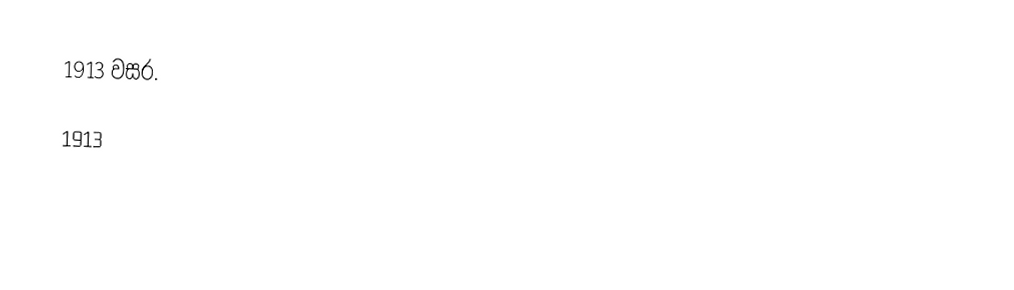
1913 වසර.

1913